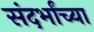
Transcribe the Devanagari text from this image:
संदर्भांच्या